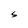
Character: S